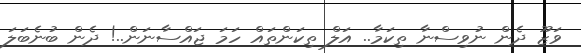
ވަޒޫ ދެން ނުވިސްނާ ތިކަމާ.. އަލް ތިކަންތައް ހަމަ ޖައްސާނަން..! ދެން ބުނެބަލަ